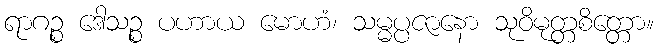
ရာဂဉ္စ ဒေါသဉ္စ ပဟာယ မောဟံ၊ သမ္မပ္ပဇာနော သုဝိမုတ္တစိတ္တော။